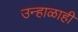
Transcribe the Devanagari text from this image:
उन्हाळाही